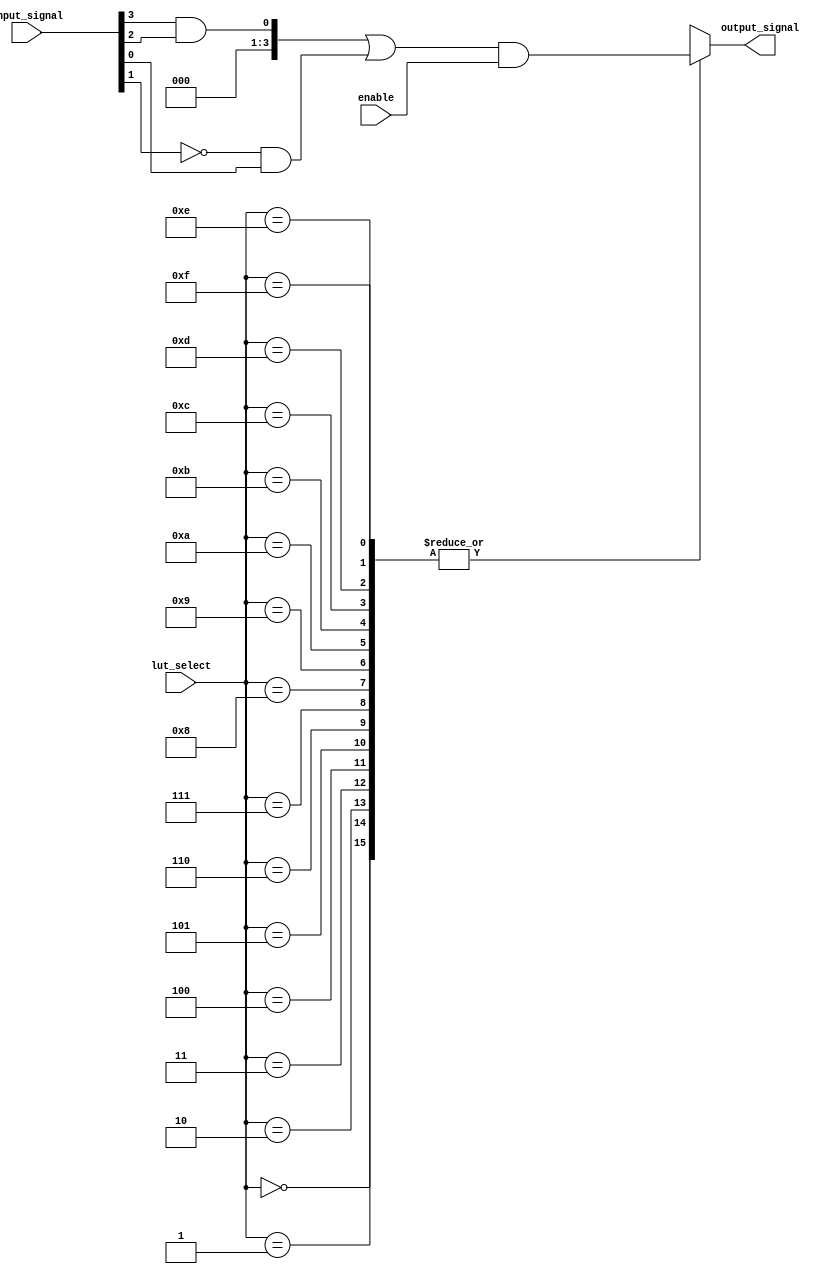
module CombinationalLogicBlock #(
    parameter N = 4, // Number of inputs
    parameter M = 4  // Number of outputs
)(
    input  wire [N-1:0]  input_signal, // N input signals
    output wire [M-1:0]  output_signal, // M output signals
    input  wire [M-1:0]  lut_select,     // LUT selection signals (M bits)
    input  wire           enable          // Enable signal
);

// Declare the internal logic for outputs
wire [M-1:0] lut_out [0:2**N-1]; // Array of LUT outputs

// Define the logic functions for the LUTs
genvar i, j;
generate
    for (i = 0; i < 2**N; i = i + 1) begin: lut_logic
        assign lut_out[i] = (
            (input_signal[N-1] & input_signal[N-2]) |  // Function Example: AND
            (~input_signal[N-3] & input_signal[N-4])    // Function Example: NAND
        ) & (enable); // Enable the logic based on the control signal
    end
endgenerate

// Output assignment based on LUT selection
generate
    for (j = 0; j < M; j = j + 1) begin: output_logic
        assign output_signal[j] = lut_out[lut_select][j];
    end
endgenerate

endmodule